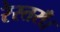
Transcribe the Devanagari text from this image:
रेस्तराँ।